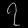
Digit: ၇